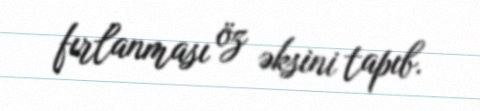
fırlanması öz əksini tapıb.